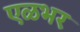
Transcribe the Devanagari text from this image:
एळभर